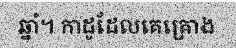
ឆ្នាំ។ កាដូដែលគេគ្រោង